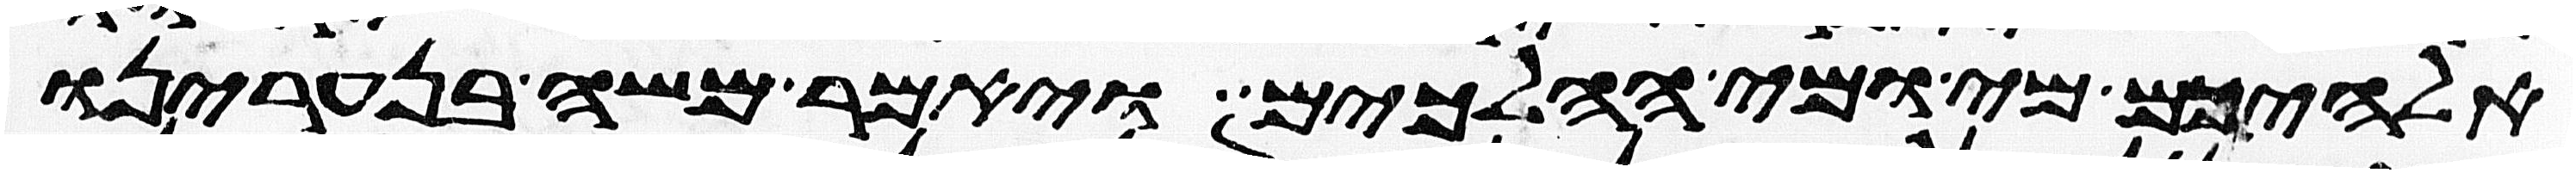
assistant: אלהיכם מי ומי ההלכים ויאמר משה בנערינו